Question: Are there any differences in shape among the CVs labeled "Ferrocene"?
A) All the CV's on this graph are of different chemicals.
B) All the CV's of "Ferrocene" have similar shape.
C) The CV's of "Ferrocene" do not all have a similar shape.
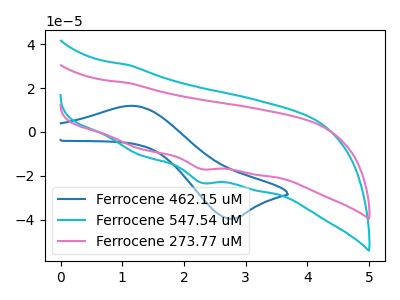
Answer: <think>The blue curve "Ferrocene 462.15 uM" has an anodic peak at (1.15V, 11.90uA) and a cathodic peak at (2.75V, -39.60uA). The cyan curve "Ferrocene 547.54 uM" has a cathodic peak at: (2.30V, -23.10uA). The pink curve "Ferrocene 273.77 uM" has a cathodic peak at: (2.30V, -16.90uA).
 "Ferrocene 462.15 uM" and "Ferrocene 547.54 uM" have a different number of peaks. "Ferrocene 462.15 uM" and "Ferrocene 273.77 uM" have a different number of peaks. All the peaks in "Ferrocene 547.54 uM" have a peak in "Ferrocene 273.77 uM" at the same potential. Every peak in "Ferrocene 547.54 uM" is higher than every peak in "Ferrocene 273.77 uM".</think>
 <answer>B) All the CV's of "Ferrocene" have similar shape.</answer>
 <eval>B</eval>